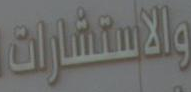
والاستشارات